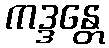
ကဒ္ဒန္တေ